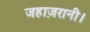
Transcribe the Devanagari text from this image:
जहाज़रानी।